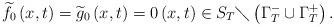
LaTeX: \begin{align*}\widetilde{f}_{0}\left( x,t\right) =\widetilde{g}_{0}\left( x,t\right) =0\left( x,t\right) \in S_{T}\diagdown \left( \Gamma _{T}^{-}\cup\Gamma _{T}^{+}\right) . \end{align*}